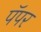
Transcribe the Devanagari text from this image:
पॅपर